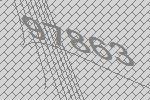
97863